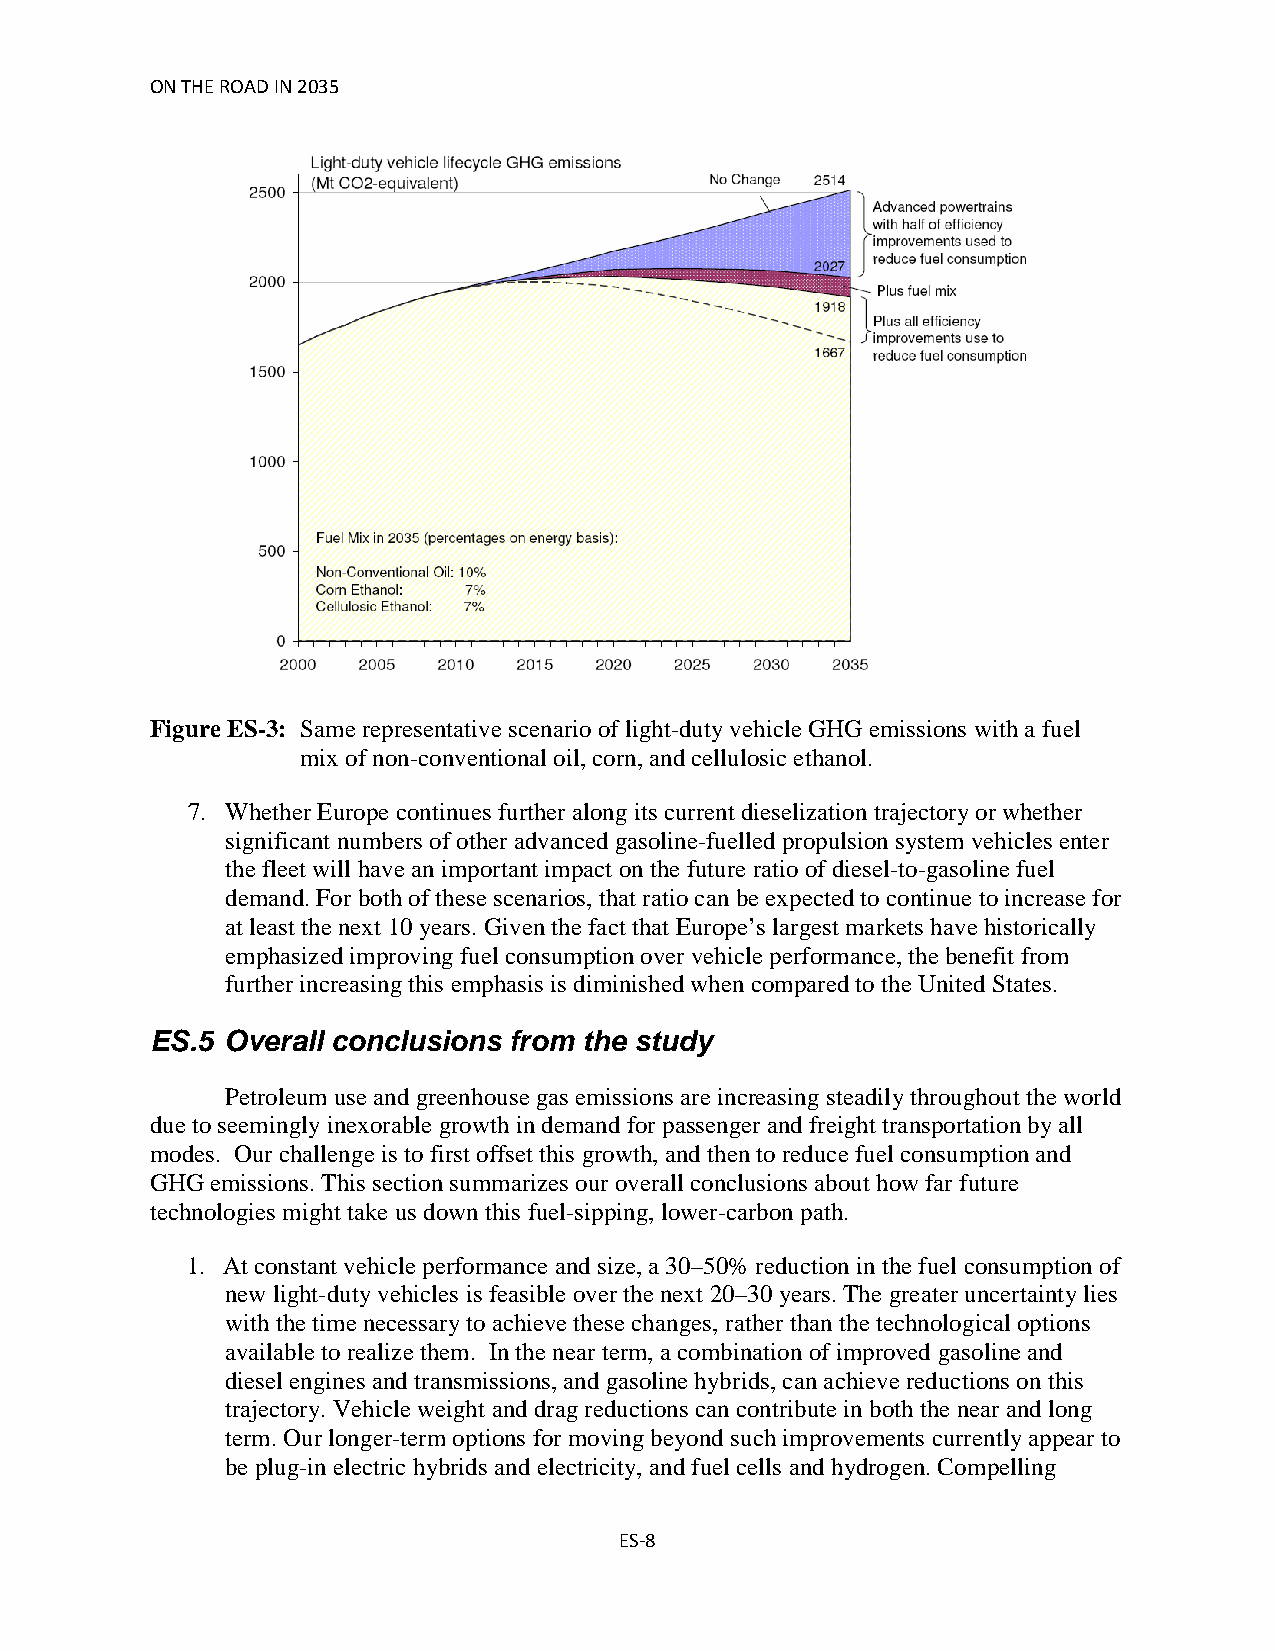
ON THE ROAD IN 2035
 Figure ES-3: Same representative scenario of light-duty vehicle GHG emissions with a fuel
 mix of non-conventional oil, corn, and cellulosic ethanol.
 7. Whether Europe continues further along its current dieselization trajectory or whether
 significant numbers of other advanced gasoline-fuelled propulsion system vehicles enter
 the fleet will have an important impact on the future ratio of diesel-to-gasoline fuel
 demand. For both of these scenarios, that ratio can be expected to continue to increase for
 at least the next 10 years. Given the fact that Europe’s largest markets have historically
 emphasized improving fuel consumption over vehicle performance, the benefit from
 further increasing this emphasis is diminished when compared to the United States.
 ES.5 Overall conclusions from the study
 Petroleum use and greenhouse gas emissions are increasing steadily throughout the world
 due to seemingly inexorable growth in demand for passenger and freight transportation by all
 modes. Our challenge is to first offset this growth, and then to reduce fuel consumption and
 GHG emissions. This section summarizes our overall conclusions about how far future
 technologies might take us down this fuel-sipping, lower-carbon path.
 1. At constant vehicle performance and size, a 30–50% reduction in the fuel consumption of
 new light-duty vehicles is feasible over the next 20–30 years. The greater uncertainty lies
 with the time necessary to achieve these changes, rather than the technological options
 available to realize them. In the near term, a combination of improved gasoline and
 diesel engines and transmissions, and gasoline hybrids, can achieve reductions on this
 trajectory. Vehicle weight and drag reductions can contribute in both the near and long
 term. Our longer-term options for moving beyond such improvements currently appear to
 be plug-in electric hybrids and electricity, and fuel cells and hydrogen. Compelling
 ES-8